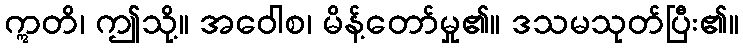
ဣတိ၊ ဤသို့။ အဝေါစ၊ မိန့်တော်မှု၏။ ဒသမသုတ်ပြီး၏။